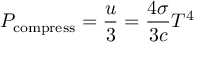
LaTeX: P _ { \mathrm { c o m p r e s s } } = { \frac { u } { 3 } } = { \frac { 4 \sigma } { 3 c } } T ^ { 4 }